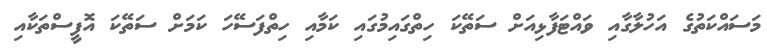
މަސައްކަތުގެ އަހުލާގާއި ވައްޓަފާޅިއަށް ސަތޭކަ ހިތްގައިމުގައި ކަމާއި ހިތްފަސޭހަ ކަމަށް ސަތޭކަ އޮފީސްތަކާއި